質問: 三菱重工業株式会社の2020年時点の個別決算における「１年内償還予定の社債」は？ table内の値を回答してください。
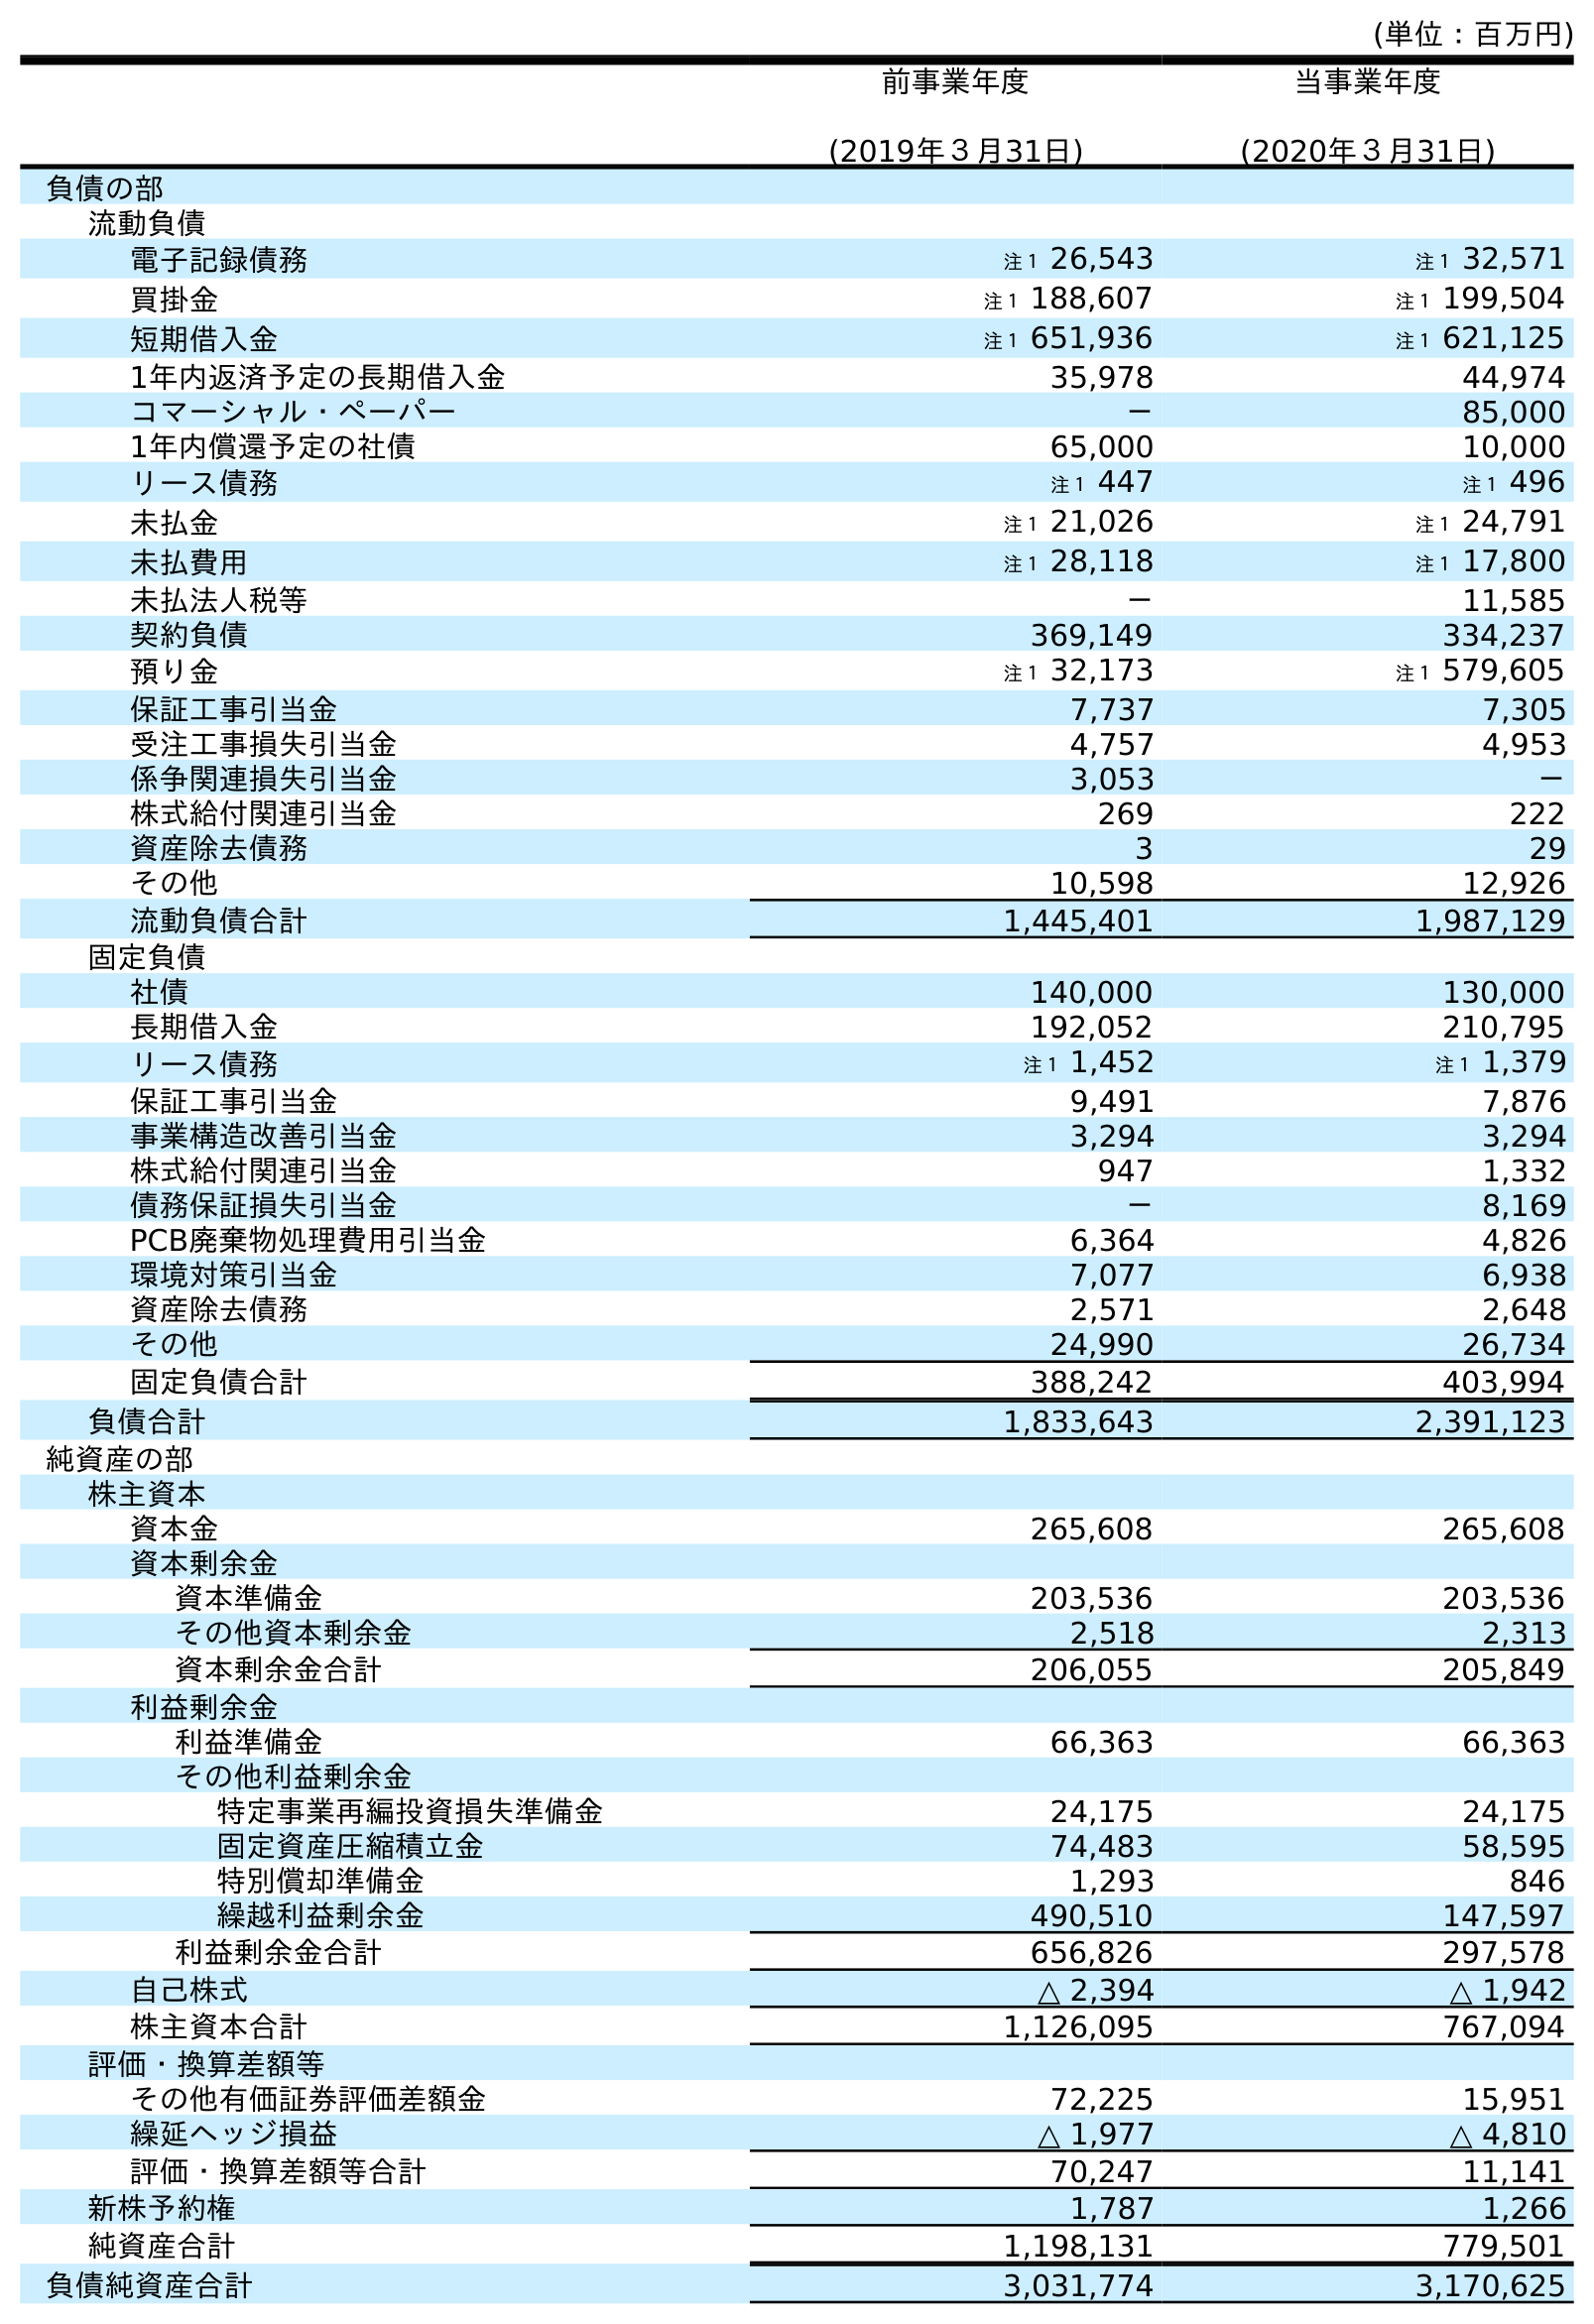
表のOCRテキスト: (単位：百万円) 前事業年度 (2019年３月31日) 当事業年度 (2020年３月31日) 負債の部 流動負債 電子記録債務 注１ 26,543 注１ 32,571 買掛金 注１ 188,607 注１ 199,504 短期借入金 注１ 651,936 注１ 621,125 1年内返済予定の長期借入金 35,978 44,974 コマーシャル・ペーパー － 85,000 1年内償還予定の社債 65,000 10,000 リース債務 注１ 447 注１ 496 未払金 注１ 21,026 注１ 24,791 未払費用 注１ 28,118 注１ 17,800 未払法人税等 － 11,585 契約負債 369,149 334,237 預り金 注１ 32,173 注１ 579,605 保証工事引当金 7,737 7,305 受注工事損失引当金 4,757 4,953 係争関連損失引当金 3,053 － 株式給付関連引当金 269 222 資産除去債務 3 29 その他 10,598 12,926 流動負債合計 1,445,401 1,987,129 固定負債 社債 140,000 130,000 長期借入金 192,052 210,795 リース債務 注１ 1,452 注１ 1,379 保証工事引当金 9,491 7,876 事業構造改善引当金 3,294 3,294 株式給付関連引当金 947 1,332 債務保証損失引当金 － 8,169 PCB廃棄物処理費用引当金 6,364 4,826 環境対策引当金 7,077 6,938 資産除去債務 2,571 2,648 その他 24,990 26,734 固定負債合計 388,242 403,994 負債合計 1,833,643 2,391,123 純資産の部 株主資本 資本金 265,608 265,608 資本剰余金 資本準備金 203,536 203,536 その他資本剰余金 2,518 2,313 資本剰余金合計 206,055 205,849 利益剰余金 利益準備金 66,363 66,363 その他利益剰余金 特定事業再編投資損失準備金 24,175 24,175 固定資産圧縮積立金 74,483 58,595 特別償却準備金 1,293 846 繰越利益剰余金 490,510 147,597 利益剰余金合計 656,826 297,578 自己株式 △ 2,394 △ 1,942 株主資本合計 1,126,095 767,094 評価・換算差額等 その他有価証券評価差額金 72,225 15,951 繰延ヘッジ損益 △ 1,977 △ 4,810 評価・換算差額等合計 70,247 11,141 新株予約権 1,787 1,266 純資産合計 1,198,131 779,501 負債純資産合計 3,031,774 3,170,625
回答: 10,000